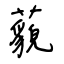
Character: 藐